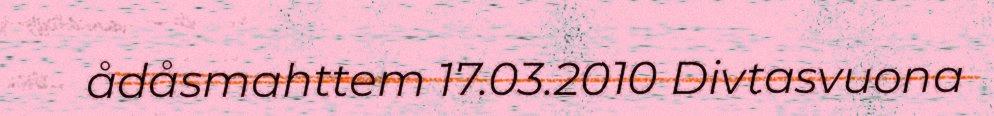
ådåsmahttem 17.03.2010 Divtasvuona